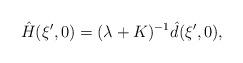
LaTeX: \begin{align*}\hat H(\xi', 0) = (\lambda + K)^{-1}\hat d(\xi', 0),\end{align*}